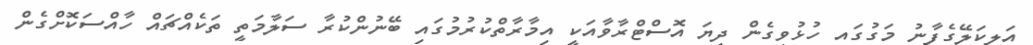
އަލިކަލޭގެފާނު މަގުގައި ހުޅުވިގެން ދިޔަ އޮސްޓްރާވާއަކީ އިމާރާތްކުރުމުގައި ބޭނުންކުރާ ސަލާމަތީ ތަކެއްޗައް ހާއްސަކޮށްގެން